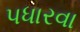
પધારવા